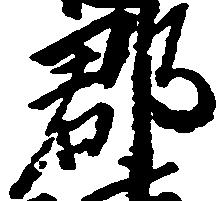
郡